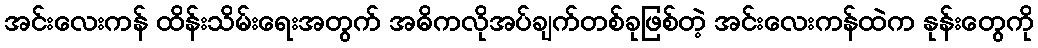
အင်းလေးကန် ထိန်းသိမ်းရေးအတွက် အဓိကလိုအပ်ချက်တစ်ခုဖြစ်တဲ့ အင်းလေးကန်ထဲက နုန်းတွေကို